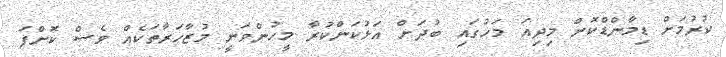
ކުރުމަށް ޑިމާންޑްކޮށް މިދިއަ މަހުގައި ބުދަށް އަޅުކަންކުރާ މީހުންވަނީ މުޒާހަރާތަކެއް ވެސް ކޮށްފަ